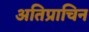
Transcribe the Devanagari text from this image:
अतिप्राचिन